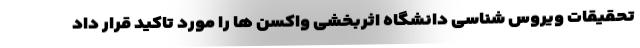
تحقیقات ویروس شناسی دانشگاه اثربخشی واکسن ها را مورد تاکید قرار داد